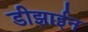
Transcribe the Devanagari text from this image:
डीझाईन